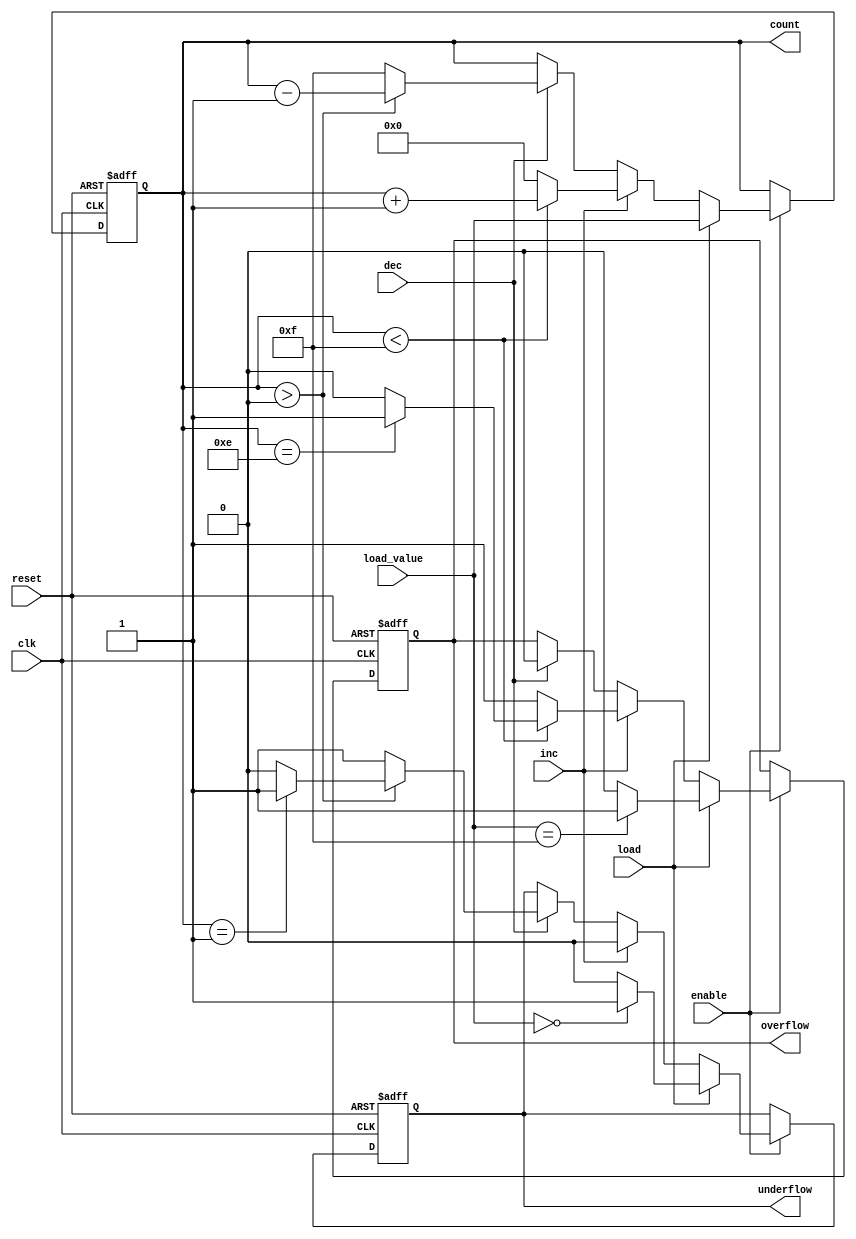
module SynchronousCounter #(
    parameter WIDTH = 4,            // Width of the counter
    parameter MAX_COUNT = 15        // Maximum count value (0 to N-1), typically (2^WIDTH - 1)
)(
    input wire clk,                 // Clock signal
    input wire reset,               // Asynchronous reset signal
    input wire load,                // Control signal to load a value
    input wire [WIDTH-1:0] load_value, // Value to load into the counter
    input wire inc,                 // Control signal to increment the counter
    input wire dec,                 // Control signal to decrement the counter
    input wire enable,              // Enable signal for counting
    output reg [WIDTH-1:0] count,   // Current count value
    output reg overflow,            // Overflow flag
    output reg underflow            // Underflow flag
);

always @(posedge clk or posedge reset) begin
    if (reset) begin
        // Asynchronous reset: set count to 0
        count <= 0;
        overflow <= 0;
        underflow <= 0;
    end else if (enable) begin
        if (load) begin
            // Load the specified value into the counter
            count <= load_value;
            overflow <= (load_value == MAX_COUNT) ? 1'b1 : 1'b0;
            underflow <= (load_value == 0) ? 1'b1 : 1'b0;
        end else begin
            // Increment or decrement the counter based on control signals
            if (inc) begin
                if (count < MAX_COUNT) begin
                    count <= count + 1;
                    overflow <= (count == MAX_COUNT - 1) ? 1'b1 : 1'b0;
                end else begin
                    count <= 0;  // Wrap around on max count
                    overflow <= 1'b1;
                end
                underflow <= 1'b0;  // Reset underflow on increment
            end else if (dec) begin
                if (count > 0) begin
                    count <= count - 1;
                    underflow <= (count == 1) ? 1'b1 : 1'b0;
                end else begin
                    count <= MAX_COUNT;  // Wrap around on underflow
                    underflow <= 1'b1;
                end
                overflow <= 1'b0;  // Reset overflow on decrement
            end
        end
    end
end

endmodule